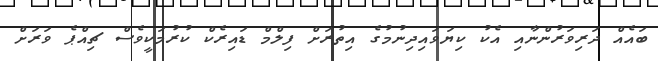
ބައެއް ދަރިވަރުންނާއި އެކު ކިޔަވައިދިނުމުގެ އިތުރަށް ފިލްމް ޑައިރެކް ކުރުމަކީވެސް ޗިއްޕެ ވަރަށް